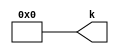
module va5ad63_v465065 #(
 parameter VALUE = 0
) (
 output [5:0] k
);
 assign k = VALUE;
endmodule